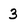
Character: 3